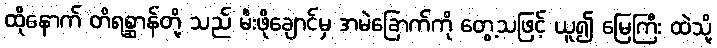
ထိုနောက် တိရစ္ဆာန်တို့ သည် မီးဖိုချောင်မှ အမဲခြောက်ကို တွေ့သဖြင့် ယူ၍ မြေကြီး ထဲသို့